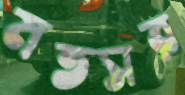
মতসর